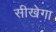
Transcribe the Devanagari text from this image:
सीखेगा